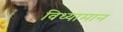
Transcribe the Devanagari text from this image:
विध्यामान